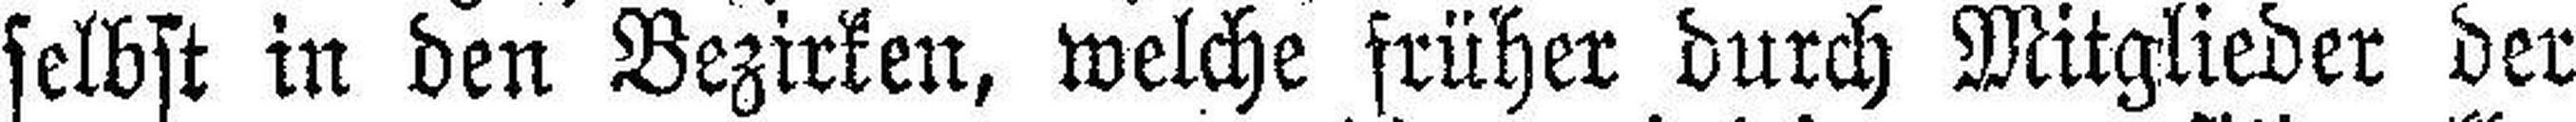
selbst in den Bezirken, welche früher durch Mitglieder der